Vaccination in Bombay 1856-1862 - 1856-1862
Year: 1856
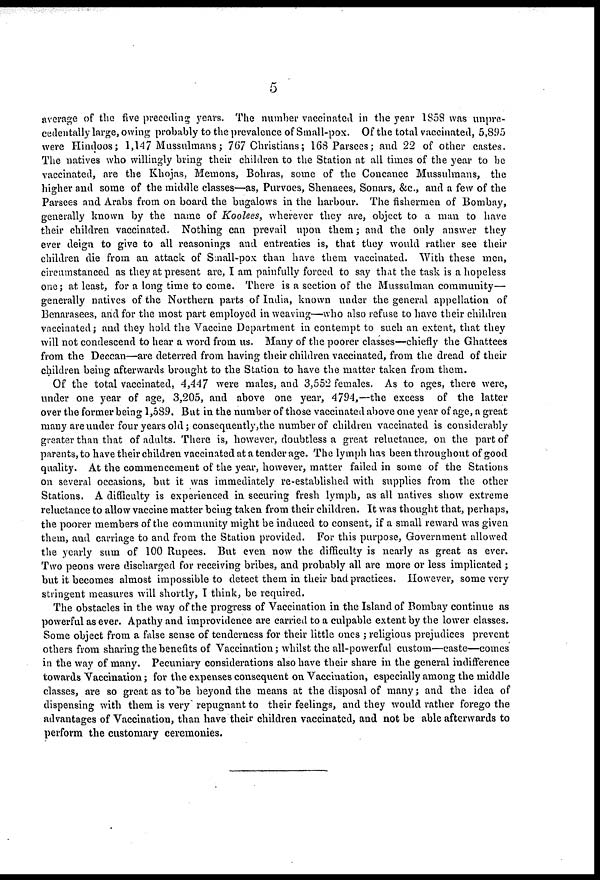
5
average of the five preceding years. The number vaccinated in the year 1858 was unpre¬
cedentally large, owing probably to the prevalence of Small-pox. Of the total vaccinated, 5,895
were Hindoos; 1,147 Mussulmans; 767 Christians; 168 Parsees; and 22 of other castes.
The natives who willingly bring their children to the Station at all times of the year to be
vaccinated, are the Khojas, Memons, Bohras, some of the Concanee Mussulmans, the
higher and some of the middle classes—as, Purvoes, Shenaees, Sonars, &c., and a few of the
Parsees and Arabs from on board the bugalows in the harbour. The fishermen of Bombay,
generally known by the name of Koolees, wherever they are, object to a man to have
their children vaccinated. Nothing can prevail upon them; and the only answer they
ever deign to give to all reasonings and entreaties is, that they would rather see their
children die from an attack of Small-pox than have them vaccinated. With these men,
circumstanced as they at present are, I am painfully forced to say that the task is a hopeless
one; at least, for a long time to come. There is a section of the Mussulman community—
generally natives of the Northern parts of India, known under the general appellation of
Benarasees, and for the most part employed in weaving—who also refuse to have their children
vaccinated; and they hold the Vaccine Department in contempt to such an extent, that they
will not condescend to hear a word from us. Many of the poorer classes—chiefly the Ghattees
from the Deccan—are deterred from having their children vaccinated, from the dread of their
children being afterwards brought to the Station to have the matter taken from them.
Of the total vaccinated, 4,447 were males, and 3,552 females. As to ages, there were,
under one year of age, 3,205, and above one year, 4794,—the excess of the latter
over the former being 1,589. But in the number of those vaccinated above one year of age, a great
many are under four years old; consequently,the number of children vaccinated is considerably
greater than that of adults. There is, however, doubtless a great reluctance, on the part of
parents, to have their children vaccinated at a tender age. The lymph has been throughout of good
quality. At the commencement of the year, however, matter failed in some of the Stations
on several occasions, but it was immediately re-established with supplies from the other
Stations. A difficulty is experienced in securing fresh lymph, as all natives show extreme
reluctance to allow vaccine matter being taken from their children. It was thought that, perhaps,
the poorer members of the community might be induced to consent, if a small reward was given
them, and carriage to and from the Station provided. For this purpose, Government allowed
the yearly sum of 100 Rupees. But even now the difficulty is nearly as great as ever.
Two peons were discharged for receiving bribes, and probably all are more or less implicated ;
but it becomes almost impossible to detect them in their bad practices. However, some very
stringent measures will shortly, I think, be required.
The obstacles in the way of the progress of Vaccination in the Island of Bombay continue as
powerful as ever. Apathy and improvidence are carried to a culpable extent by the lower classes.
Some object from a false sense of tenderness for their little ones ; religious prejudices prevent
others from sharing the benefits of Vaccination; whilst the all-powerful custom—caste—comes
in the way of many. Pecuniary considerations also have their share in the general indifference
towards Vaccination; for the expenses consequent on Vaccination, especially among the middle
classes, are so great as to be beyond the means at the disposal of many; and the idea of
dispensing with them is very repugnant to their feelings, and they would rather forego the
advantages of Vaccination, than have their children vaccinated, and not be able afterwards to
perform the customary ceremonies.